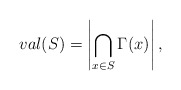
\begin{align*}val(S) = \left|\bigcap_{x\in S}\Gamma(x)\right|,\end{align*}